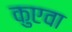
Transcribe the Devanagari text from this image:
कुएवा